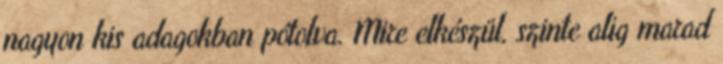
nagyon kis adagokban pótolva. Mire elkészül, szinte alig marad